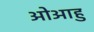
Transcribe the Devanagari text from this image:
ओआहु